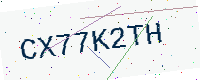
Text: CX77K2TH